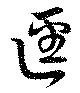
逕